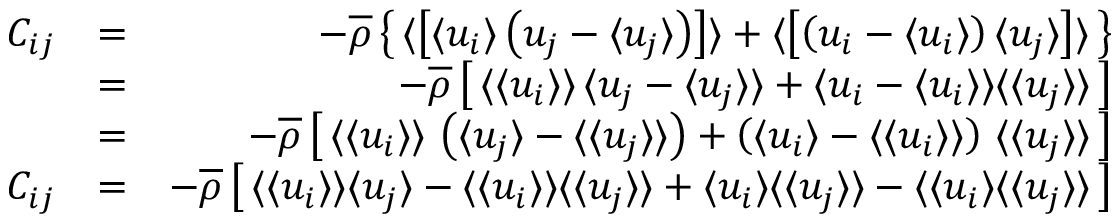
\begin{array} { r l r } { C _ { i j } } & { = } & { - \overline { { \rho } } \left\{ \, \langle \left[ { \langle u _ { i } \rangle \left( u _ { j } - \langle u _ { j } \rangle \right) } \right] \rangle + \langle \left[ { \left( u _ { i } - \langle u _ { i } \rangle \right) \langle u _ { j } \rangle } \right] \rangle \, \right\} } \\ & { = } & { - \overline { { \rho } } \left[ \, \langle \langle u _ { i } \rangle \rangle \, \langle u _ { j } - \langle u _ { j } \rangle \rangle + \langle u _ { i } - \langle u _ { i } \rangle \rangle \langle \langle u _ { j } \rangle \rangle \, \right] } \\ & { = } & { - \overline { { \rho } } \left[ \, \langle \langle u _ { i } \rangle \rangle \, \left( \langle u _ { j } \rangle - \langle \langle u _ { j } \rangle \rangle \right) + \left( \langle u _ { i } \rangle - \langle \langle u _ { i } \rangle \rangle \right) \, \langle \langle u _ { j } \rangle \rangle \, \right] } \\ { C _ { i j } } & { = } & { - \overline { { \rho } } \left[ \, \langle \langle u _ { i } \rangle \rangle \langle u _ { j } \rangle - \langle \langle u _ { i } \rangle \rangle \langle \langle u _ { j } \rangle \rangle + \langle u _ { i } \rangle \langle \langle u _ { j } \rangle \rangle - \langle \langle u _ { i } \rangle \langle \langle u _ { j } \rangle \rangle \, \right] } \end{array}